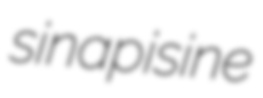
sinapisine